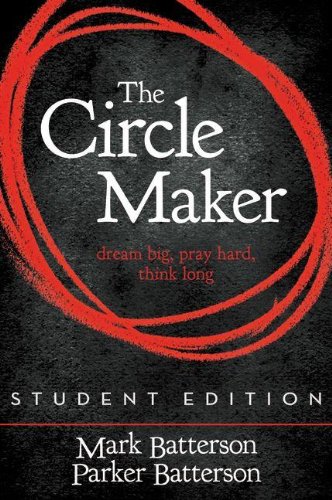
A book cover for The Circle Maker Student Edition: Dream Big. Pray Hard. Think Long.; Mark Batterson; Christian Books & Bibles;